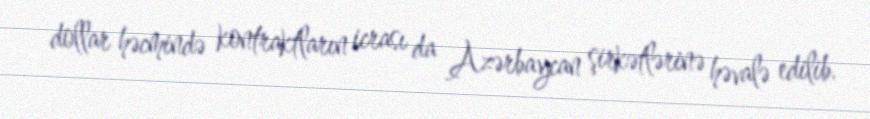
dollar həcmində kontraktların icrası da Azərbaycan şirkətlərinə həvalə edilib.